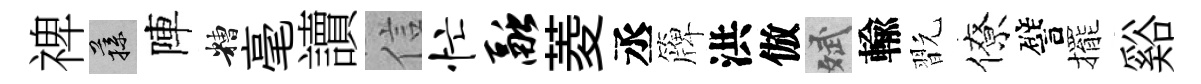
禆蓀陣糟毫讀信忙融菱丞簰洪倣斌輸翫僚譬擺谿